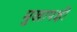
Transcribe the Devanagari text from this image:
मुखापक्षी